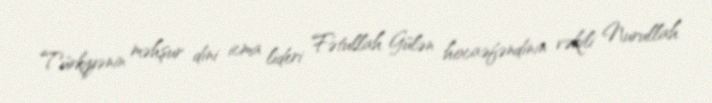
Türkiyənin məhşur dini icma lideri Fətullah Gülən hocaəfəndinin vəkili Nurullah